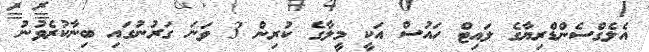
އެލެގްސެންޑްރިޔާގެ ލައިޓް ހައުސް އަކީ މީލާގެ ކުރިން 3 ވަނަ ގަރުނުގައި ބިނާކުރެވުނު